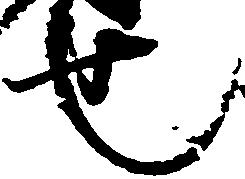
也